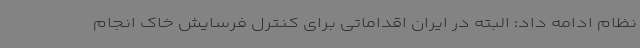
نظام ادامه داد: البته در ایران اقداماتی برای کنترل فرسایش خاک انجام